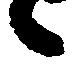
候